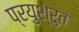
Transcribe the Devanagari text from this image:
प्रयुश्रुत